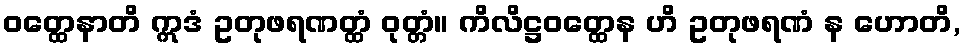
ဝတ္ထေနာတိ ဣဒံ ဥတုဖရဏတ္ထံ ဝုတ္တံ။ ကိလိဋ္ဌဝတ္ထေန ဟိ ဥတုဖရဏံ န ဟောတိ,